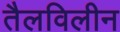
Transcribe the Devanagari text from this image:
तैलविलीन